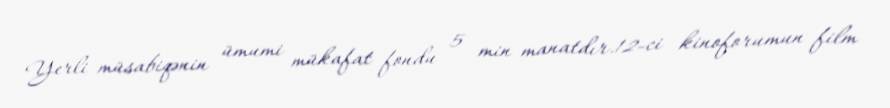
Yerli müsabiqənin ümumi mükafat fondu 5 min manatdır.12-ci kinoforumun film